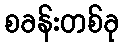
စခန်းတစ်ခု